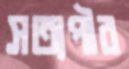
সত্যপীর